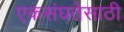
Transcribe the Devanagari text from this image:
एकसंघतेसाठी